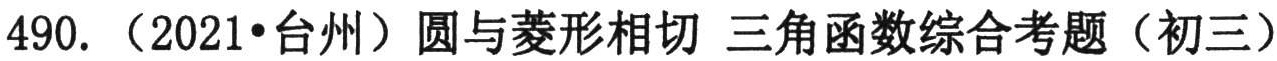
490. （2021•台州）圆与菱形相切 三角函数综合考题（初三）